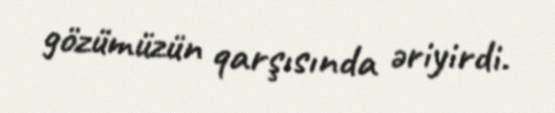
gözümüzün qarşısında əriyirdi.